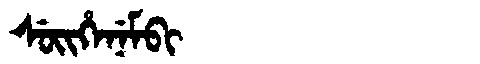
Manchu: ᠰᡠᡳᡥᡝᠨᡝᠮᠪᡳ
Romanization: SUIHENEMBI